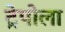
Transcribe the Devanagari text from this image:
ट्रेपोला